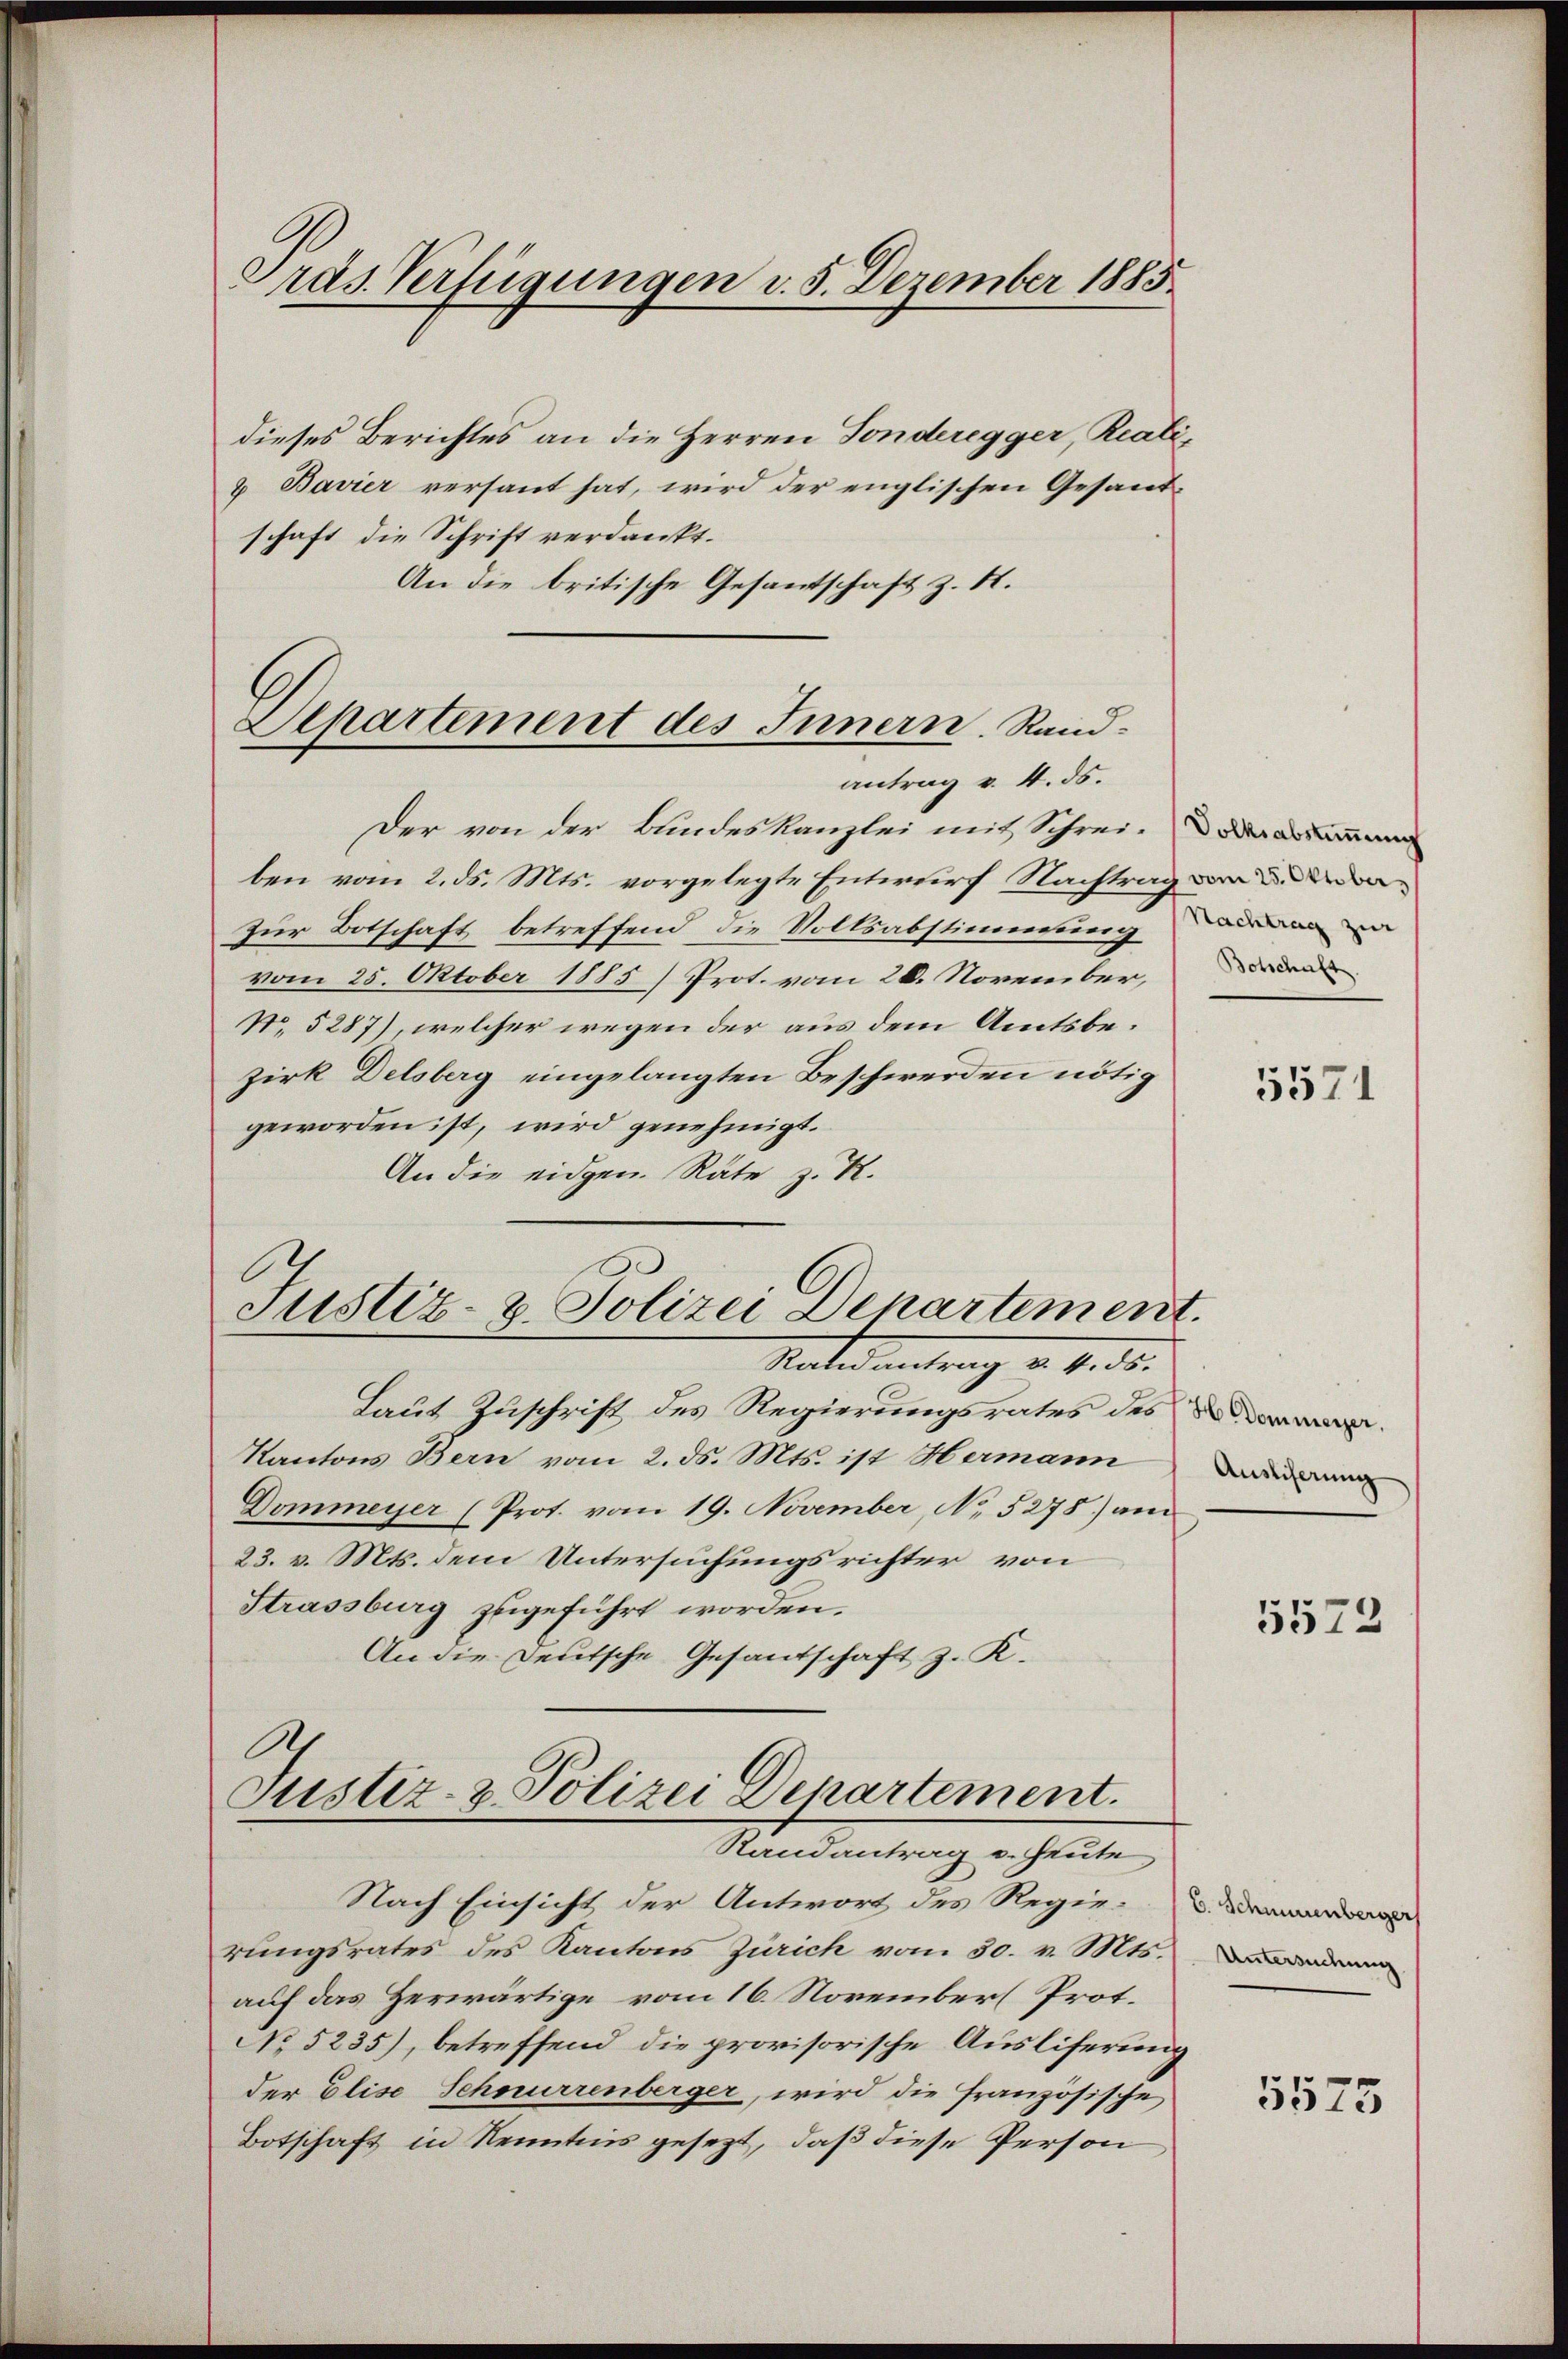
Präs. Verfügungen d. 5. Dezember 1883.

dieses Berichtes an die Herren Tonderegger, Reali¬
4 Bavier versant hat, wird der englischen Gesandschaft die Schrift verdankt.
An die britische Gesandtschaft z. B.

Separtement des Innern. Randantrag v. 4. ds.

Der von der Bundeskanzlei mit Schrei- oder a
ben vom 2. ds. Mts. vorgelegte Entwurf Nachtrag de
Zur Botschaft betreffend die Volksabstimmungen
vom 25. Oktober 1885) Prot. vom 20. November,
No. 5287), welcher wegen der aus dem Amtsbezirk Delsberg eingelangten Beschwerden nötig
geworden ist, wird genehmigt.
An die eidgen. Räte z. R.
Justiz- & Polizei Departement.

Mater antrag v. 6. ds.

Ah
Justiz- & Polizei Departement.
Randantrag v. Heute

Laut Zuschrift des Regierungsrates des
Kantons Bern vom 2. ds. Mts. ist Hermann a
Dommeyer (Prot. vom 19. November, No. 5278) am
23. v. Mts. dem Untersuchungsrichter von
Strassburg zugeführt worden.
An die Deutsche Gesandschaft z. K.

Botschaft.

Nach Einsicht der Antwort des Regierungsrates des Kantons Zürich vom 30. v. Mts.
auf das Zerwärtige vom 16. November Prot.
No 5235), betreffend die provisorische Auslieferung
der Elise Schnurrenberger, wird die französische
Botschaft in Kenntnis gesezt, daß diese Person

5571

5572

6. Schmernberger
Untersuchung

5575